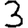
Digit: 3